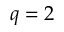
q = 2